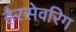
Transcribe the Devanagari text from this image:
हैरसेवरिग